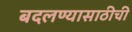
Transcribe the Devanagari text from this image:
बदलण्यासाठीची